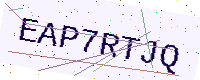
Text: EAP7RTJQ